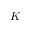
K